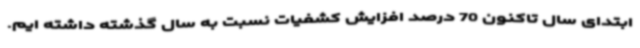
ابتدای سال تاکنون 70 درصد افزایش کشفیات نسبت به سال گذشته داشته ایم.